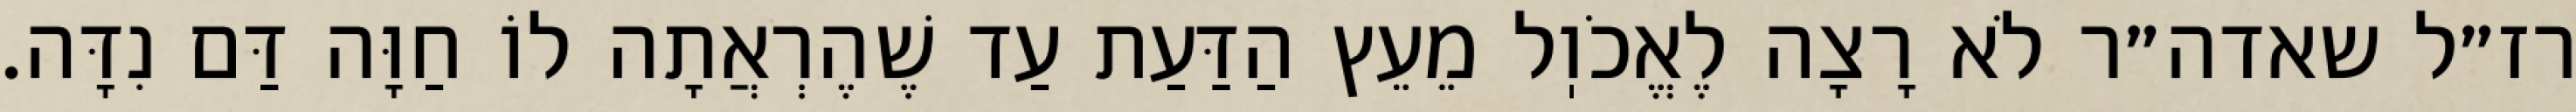
רז״ל שאדה״ר לֹא רָצָה לֶאֱכֹוֽל מֵעֵץ הַדַּעַת עַד שֶׁהֶרְאֲתָה לוֹ חַוָּה דַּם נִדָּה.